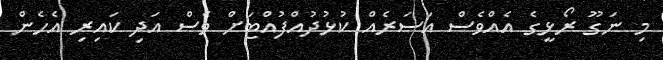
މި ނަގޫ ރޯޅީގެ އެއްވެސް އަސަރެއް ކުޅުދުއްފުއްޓަށް ވެސް އަދި ކައިރި އެހެން